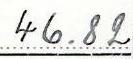
46.82